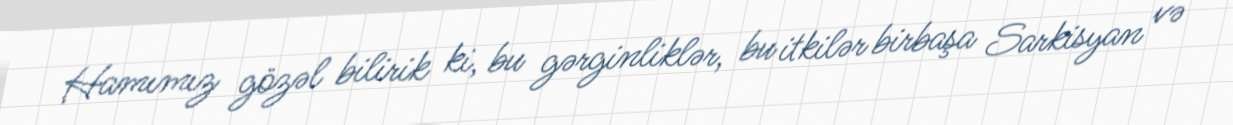
Hamımız gözəl bilirik ki, bu gərginliklər, bu itkilər birbaşa Sarkisyan və